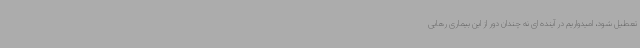
تعطیل شود، امیدواریم در آینده ای نه چندان دور از این بیماری رهایی